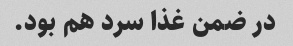
در ضمن غذا سرد هم بود.